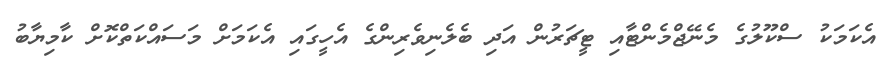
އެކަމަކު ސްކޫލުގެ މެނޭޖްމެންޓާއި ޓީޗަރުން އަދި ބެލެނިވެރިންގެ އެހީގައި އެކަމަށް މަސައްކަތްކޮށް ކާމިޔާބު